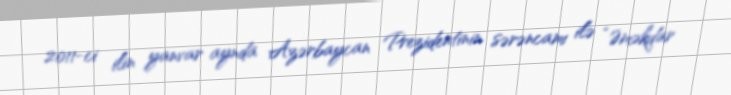
2011-ci ilin yanvar aynda Azərbaycan Prezidentinin sərəncamı ilə “Əməkdar